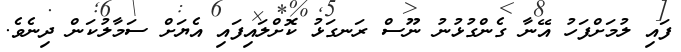
ފައި ލުމަށްފަހު އޭނާ ގެންގުޅުނު ނޫސް ރަނގަޅު ކޮށްލައިފައި އެޔަށް ސަމާލުކަން ދިނެވެ.